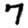
Digit: 7